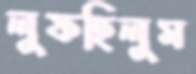
লুফছিলুম